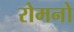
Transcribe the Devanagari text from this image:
रोमनो